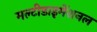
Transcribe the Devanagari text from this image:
मल्टीडाइमेंशनल